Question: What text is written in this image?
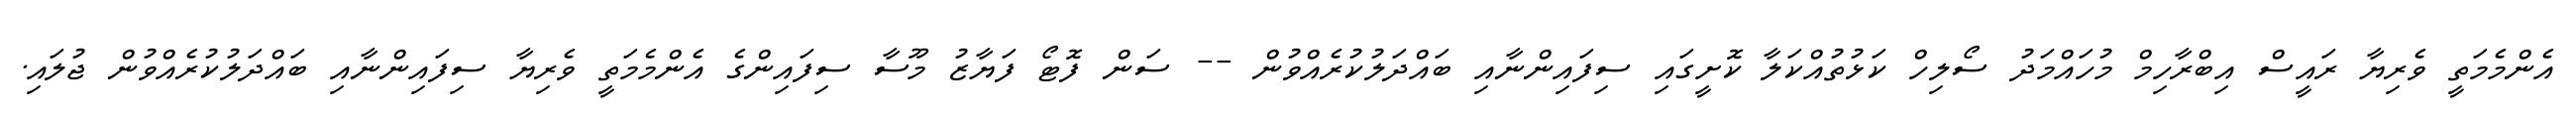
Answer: އެންމެމަތީ ވެރިޔާ ރައީސް އިބްރާހިމް މުހައްމަދު ސޯލިހް ކަޅުތުއްކަލާ ކޮށީގައި ސިފައިންނާއި ބައްދަލުކުރެއްވުން -- ސަން ފޮޓޯ ފަޔާޒު މޫސާ ސިފައިންގެ އެންމެމަތީ ވެރިޔާ ސިފައިންނާއި ބައްދަލުކުރެއްވުން ޖުލައި.